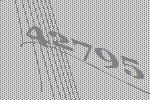
42795